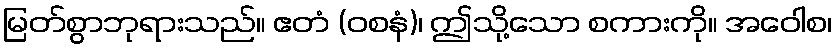
မြတ်စွာဘုရားသည်။ ဧတံ (ဝစနံ)၊ ဤသို့သော စကားကို။ အဝေါစ၊